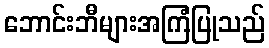
ဘောင်းဘီများအကြံပြုသည်